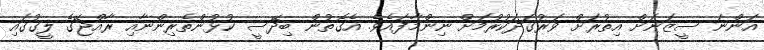
އަންނަ ސީޒަނަށް އިތުރަށް ވަރުގަދަކުރުމަށް ނިންމާފައެވެ. އެގޮތުން ބިދޭސީ ކުޅުންތެރިންނާއި ރާއްޖޭގެ ލީގުގައި